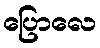
ပြောလေ